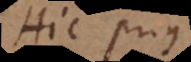
Hic prius